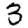
Digit: 3